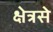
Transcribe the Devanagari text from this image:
क्षेत्रसे